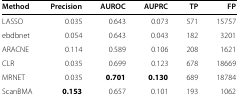
<table><thead><tr><td><b>Method</b></td><td><b>Precision</b></td><td><b>AUROC</b></td><td><b>AUPRC</b></td><td><b>TP</b></td><td><b>FP</b></td></tr></thead><tbody><tr><td>LASSO</td><td>0.035</td><td>0.643</td><td>0.073</td><td>571</td><td>15757</td></tr><tr><td>ebdbnet</td><td>0.054</td><td>0.643</td><td>0.043</td><td>182</td><td>3201</td></tr><tr><td>ARACNE</td><td>0.114</td><td>0.589</td><td>0.106</td><td>208</td><td>1621</td></tr><tr><td>CLR</td><td>0.035</td><td>0.699</td><td>0.123</td><td>678</td><td>18669</td></tr><tr><td>MRNET</td><td>0.035</td><td><b>0.701</b></td><td><b>0.130</b></td><td>689</td><td>18784</td></tr><tr><td>ScanBMA</td><td><b>0.153</b></td><td>0.657</td><td>0.101</td><td>193</td><td>1062</td></tr></tbody></table>